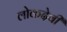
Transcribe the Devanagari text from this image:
लोकदेवी